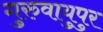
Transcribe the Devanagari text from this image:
गुरुवायुपुर